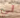
لي